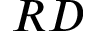
R D